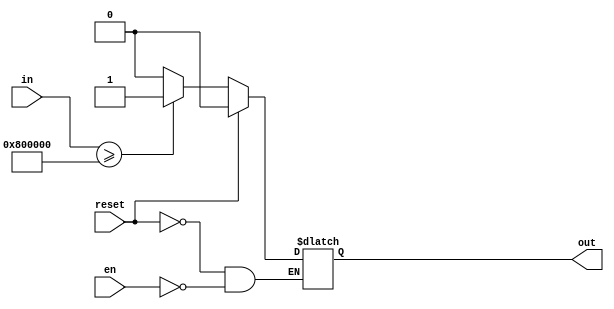
////////////////////////////////////////////////////////////////////////////////////////////////////////
//
// Institution   : Bandung Institute of Technology
//
// Design Name   : Rounding
// Module Name   : rounding
// Project Name  : LSI Design Contest in Okinawa 2018
// Target Devices: Zynq 7000
// Tool versions : Vivado v.2016.4
//
// Description: 
// 		Shrinking identification result into binary 
// 
//
// Revision: 
// Revision 0.01 - File Created
//
///////////////////////////////////////////////////////////////////////////////////////////////////////

module rounding (in,reset,en,out);
parameter DWIDTH =32;
parameter frac = 24;

input [DWIDTH-1:0] in;
input en;
input reset;
output reg out;

always @(*)
begin
	if (reset)
	  begin 
		out <= 0;
	  end
	else if (en)
	  begin
		if (in[DWIDTH-1:0] >= 32'b00000000100000000000000000000000)
		  begin
			out <= 1;
		  end
		else
		  begin
			out <= 0;
		  end
	  end
end

endmodule